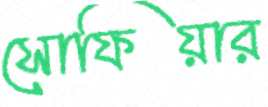
সোফিয়ার